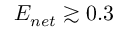
E _ { n e t } \gtrsim 0 . 3